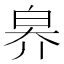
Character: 𤽟